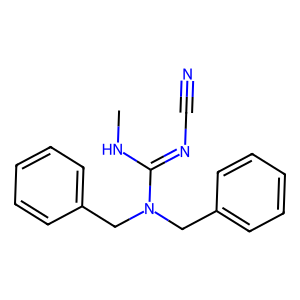
SMILES: CNC(=NC#N)N(Cc1ccccc1)Cc1ccccc1
Inhibits HIV replication: No